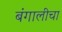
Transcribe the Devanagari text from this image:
बंगालीचा